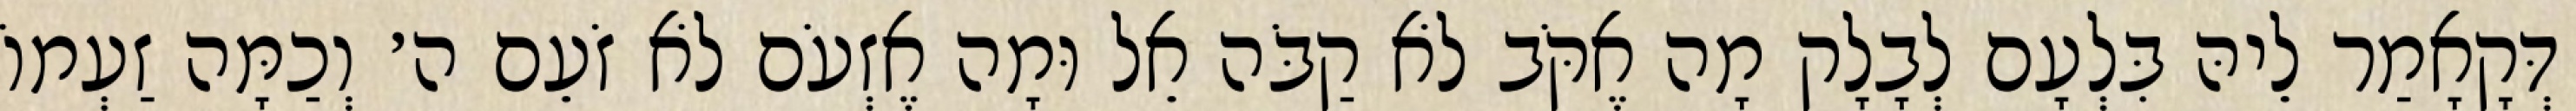
דְּקָאָמַר לֵיהּ בִּלְעָם לְבָלָק מָה אֶקֹּב לֹא קַבֹּה אֵל וּמָה אֶזְעֹם לֹא זֹעֵם ה׳ וְכַמָּה זַעְמוֹ